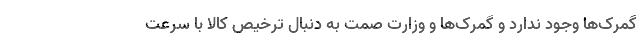
گمرک‌ها وجود ندارد و گمرک‌ها و وزارت صمت به دنبال ترخیص کالا با سرعت